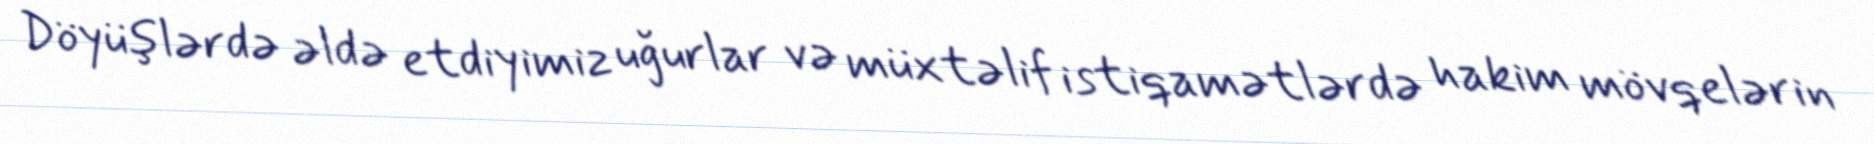
Döyüşlərdə əldə etdiyimiz uğurlar və müxtəlif istiqamətlərdə hakim mövqelərin